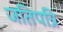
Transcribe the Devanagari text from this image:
जतिपत्रि